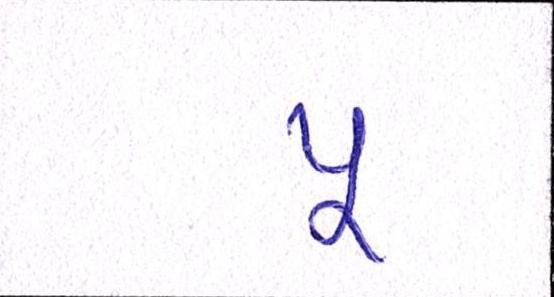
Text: પૂ